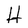
Character: H